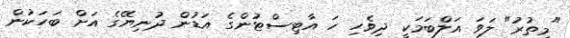
"މިތުރު" ލަވަ އަލްބަމަކީ ދިވެހި ހަ އާޓިސްޓުންގެ އަޑުން ދުނިޔޭގެ އަށް ބަހަކުން